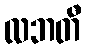
လဘတီ